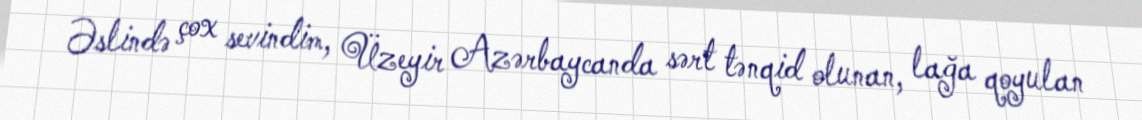
Əslində çox sevindim, Üzeyir Azərbaycanda sərt tənqid olunan, lağa qoyulan